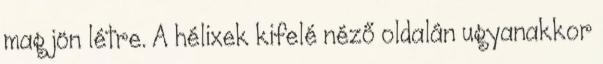
mag jön létre. A hélixek kifelé néző oldalán ugyanakkor